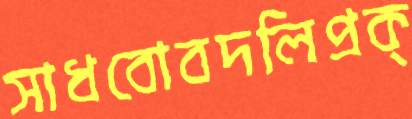
সাধবোবদলিপ্রক্